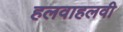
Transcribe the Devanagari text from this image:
हलवाहलवी